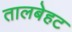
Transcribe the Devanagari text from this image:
तालबेहट